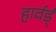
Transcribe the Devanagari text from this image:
हार्वर्ड्